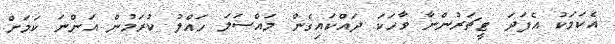
އެކަމަކު އެފަދަ ޓީޗަރުންނާ ވާހަކަ ދައްކައިގެން މައްސަލަ ހައްލު ކުރަމުން އަންނަ ކަމަށް